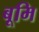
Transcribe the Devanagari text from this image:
बूमि